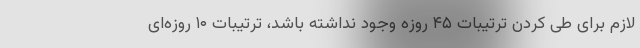
لازم برای طی کردن ترتیبات ۴۵ روزه وجود نداشته باشد، ترتیبات ۱۰ روزه‌ای